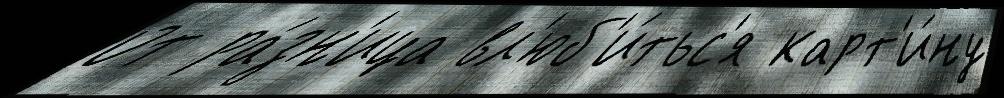
от ра́зн'ица вл'юб'и́тьс'я карт'и́ну